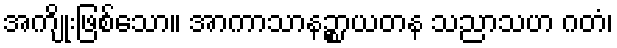
အကျိုးဖြစ်သော။ အာကာသာနဉ္စာယတန သညာသဟ ဂတံ၊